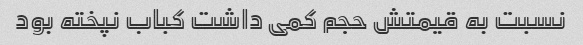
نسبت به قیمتش حجم کمی داشت کباب نپخته بود